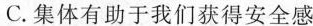
C.集体有助于我们获得安全感